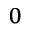
_ { 0 }